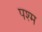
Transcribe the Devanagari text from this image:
पश्म